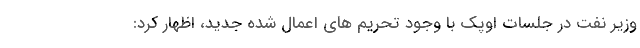
وزیر نفت در جلسات اوپک با وجود تحریم های اعمال شده جدید، اظهار کرد: